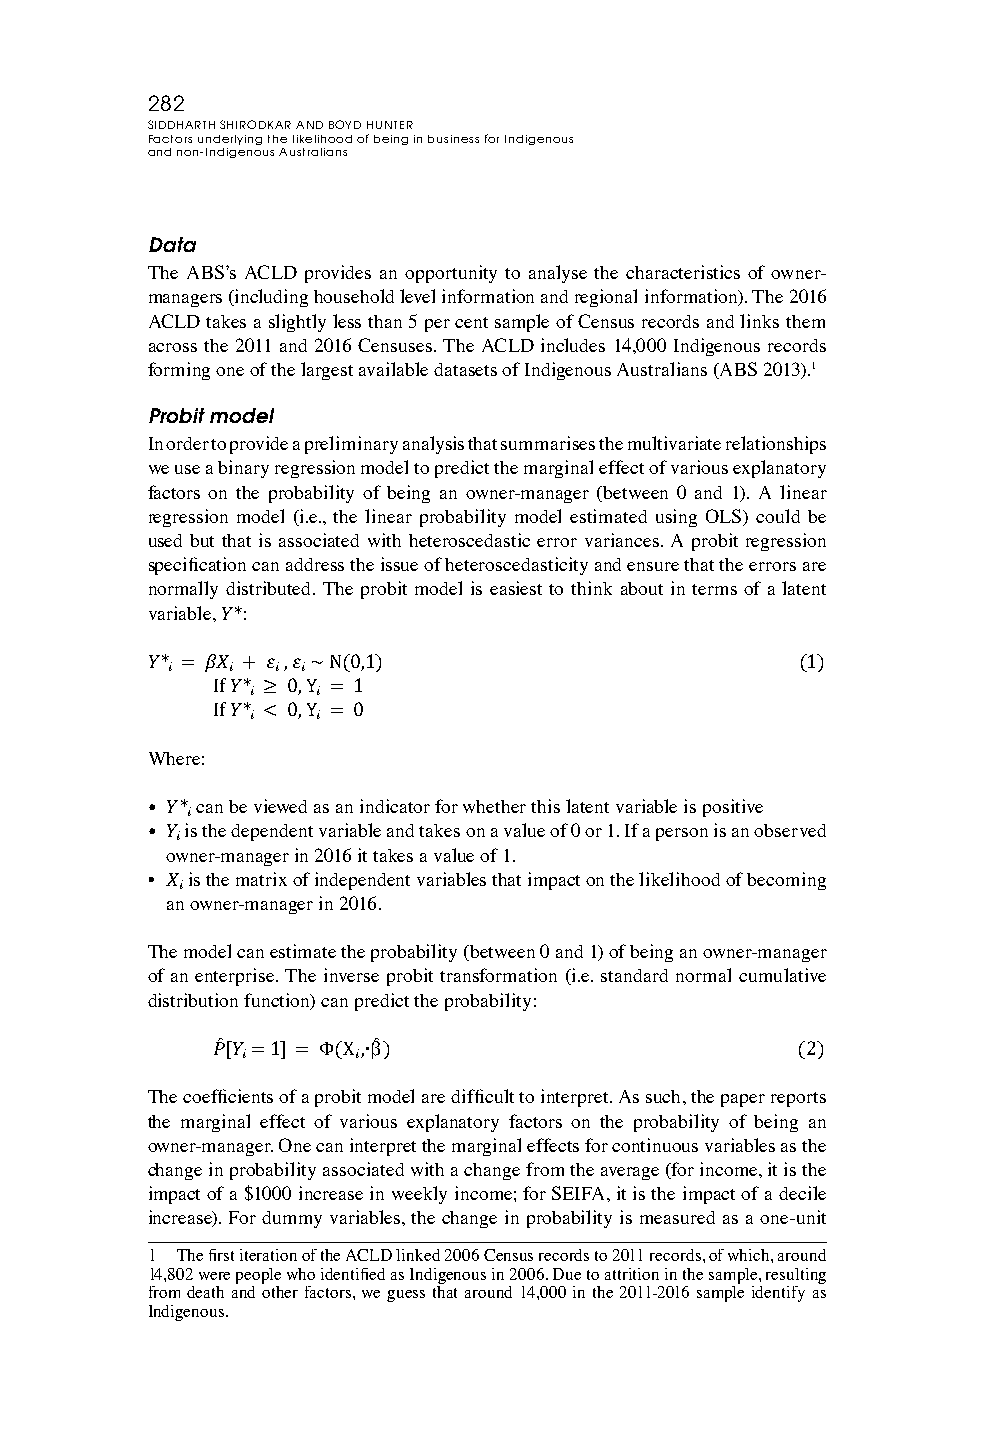
282
 SIDDHARTH SHIRODKAR AND BOYD HUNTER
 Factors underlying the likelihood of being in business for Indigenous
 and non-Indigenous Australians
 Data
 The ABS’s ACLD provides an opportunity to analyse the characteristics of owner-
 managers (including household level information and regional information). The 2016
 ACLD takes a slightly less than 5 per cent sample of Census records and links them
 across the 2011 and 2016 Censuses. The ACLD includes 14,000 Indigenous records
 forming one of the largest available datasets of Indigenous Australians (ABS 2013).1
 Probit model
 In order to provide a preliminary analysis that summarises the multivariate relationships
 we use a binary regression model to predict the marginal effect of various explanatory
 factors on the probability of being an owner-manager (between 0 and 1). A linear
 regression model (i.e., the linear probability model estimated using OLS) could be
 used but that is associated with heteroscedastic error variances. A probit regression
 specification can address the issue of heteroscedasticity and ensure that the errors are
 normally distributed. The probit model is easiest to think about in terms of a latent
 variable, :
 �*
 �*� = 𝛽�� + 𝜀� , 𝜀� ~ N(0,1)               (1)
 If �*� ≥ 0, Y� = 1
 If �*� < 0, Y� = 0
 Where:
 can be viewed as an indicator for whether this latent variable is positive
 is the dependent variable and takes on a value of 0 or 1. If a person is an observed
 • �*�
 owner-manager in 2016 it takes a value of 1.
 • ��
 • is the matrix of independent variables that impact on the likelihood of becoming
 an owner-manager in 2016.
 ��
 The model can estimate the probability (between 0 and 1) of being an owner-manager
 of an enterprise. The inverse probit transformation (i.e. standard normal cumulative
 distribution function) can predict the probability:
 � � [�� = 1] = Φ(X�,∙ β � )            (2)
 The coefficients of a probit model are difficult to interpret. As such, the paper reports
 the marginal effect of various explanatory factors on the probability of being an
 owner-manager. One can interpret the marginal effects for continuous variables as the
 change in probability associated with a change from the average (for income, it is the
 impact of a $1000 increase in weekly income; for SEIFA, it is the impact of a decile
 increase). For dummy variables, the change in probability is measured as a one-unit
 1 The first iteration of the ACLD linked 2006 Census records to 2011 records, of which, around
 14,802 were people who identified as Indigenous in 2006. Due to attrition in the sample, resulting
 from death and other factors, we guess that around 14,000 in the 2011-2016 sample identify as
 Indigenous.